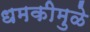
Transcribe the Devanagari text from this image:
धमकीमुळे